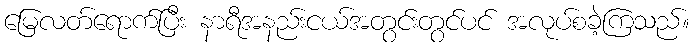
မြေလတ်ရောက်ပြီး နာရီအနည်းငယ်အတွင်းတွင်ပင် အလုပ်စခဲ့ကြသည်။